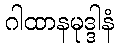
ဂါထာနမုဒ္ဒါနံ